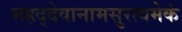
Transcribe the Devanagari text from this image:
महद्देवानामसुरत्वमेकं